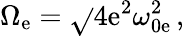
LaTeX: \Omega_{\mathrm{e}}=\sqrt{}{{4\mathrm{e}^{2}\omega_{0\mathrm{e}}^{2}}}\, ,